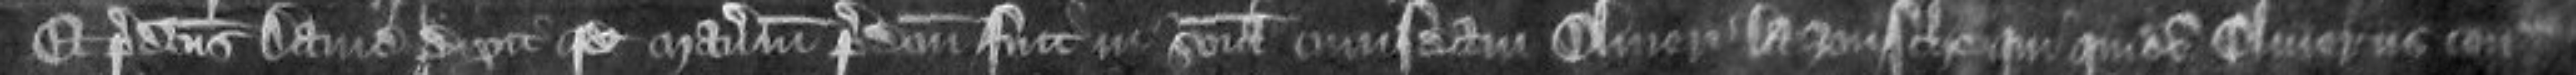
Et predictus David dixit quod manerium predictum fuit in seisina cuiusdam Oliveri la Zoussche quo quidem Oliverus con